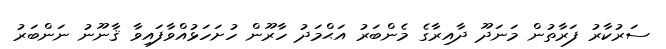
ސަރުކާރު ފަރާތުން މަނަދޫ ދާއިރާގެ މެންބަރު އަޙްމަދު ހާރޫން ހުށަހަޅުއްވާފައިވާ ޤާނޫނު ނަންބަރު